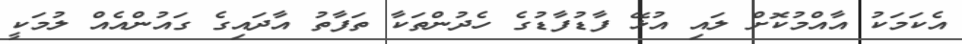
އެކަމަކު އާއްމުކޮށް ލައި އުޅޭ ފާޑުފާޑުގެ ހެދުންތަކާ ތަފާތު އާދައިގެ ގައުންއެއް ލުމަކީ